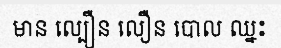
មាន ល្បឿន លឿន បោល ឈ្នះ